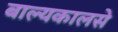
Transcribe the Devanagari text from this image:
बाल्यकालसे